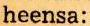
heensa: